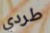
طردي